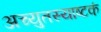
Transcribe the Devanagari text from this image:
अच्युतस्याष्टकं